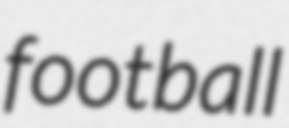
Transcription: football